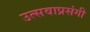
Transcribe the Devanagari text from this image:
उत्सवाप्रसंगी